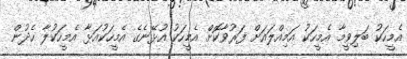
އެމީހަކު ބަލިވީމާ އެމީހަކު އަމިއްލައަށް ފަރުވާކޮށް އެމީހަކު އުޅޭނެގެ އެމީހަކުއަޅާ އެމީހަކުލާ ހެދުން